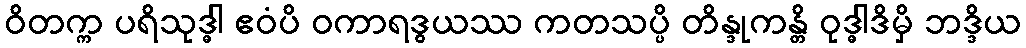
ဝိတက္က ပရိသုဒ္ဓါ ဧဝံပိ ဝကာရဒွယဿ ကတသပ္ပိ တိန္ဒုကန္တိ ဝုဒ္ဓါဒိမှိ ဘဒ္ဒိယ